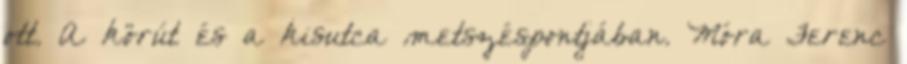
ott. A körút és a kisutca metszéspontjában. Móra Ferenc